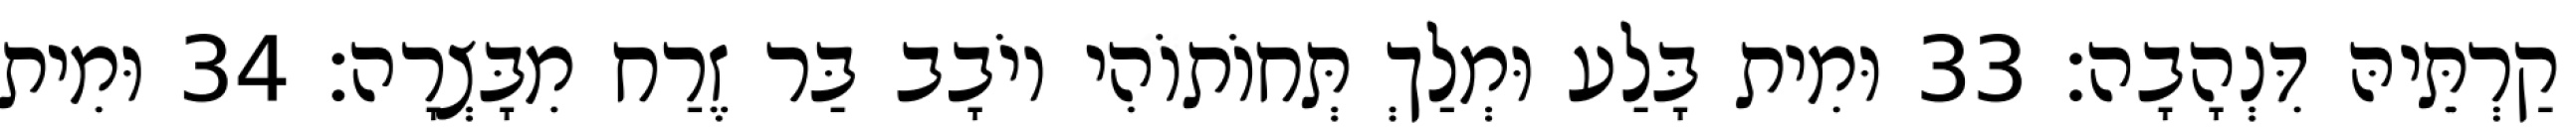
קַרְתֵּיהּ דִּנְהָבָה׃ 33 וּמִית בָּלַע וּמְלַךְ תְּחוֹתוֹהִי יוֹבָב בַּר זֶרַח מִבָּצְרָה׃ 34 וּמִית